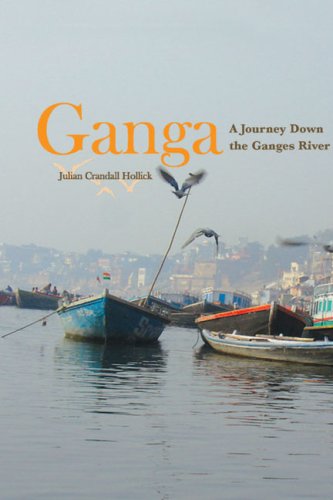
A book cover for Ganga: A Journey Down the Ganges River; Julian Crandall Hollick; Travel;